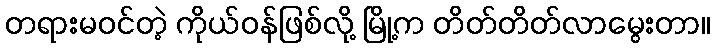
တရားမဝင်တဲ့ ကိုယ်ဝန်ဖြစ်လို့ မြို့က တိတ်တိတ်လာမွေးတာ။